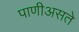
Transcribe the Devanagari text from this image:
पाणीअसते